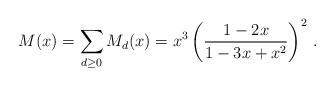
LaTeX: \begin{align*}M(x)=\sum_{d\ge 0}M_d(x)=x^3\left(\frac{1-2x}{1-3x+x^2}\right)^2\,.\end{align*}